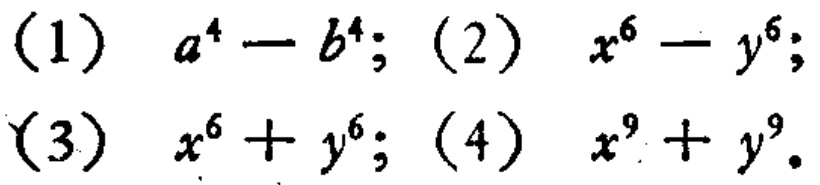
(1) \(a^{4}-b^{4}\); (2) \(x^{6}-y^{6}\);

(3) \(x^{6}+y^{6}\); (4) \(x^{9}+y^{9}\).